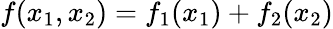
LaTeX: f(x_{1},x_{2})=f_{1}(x_{1})+f_{2}(x_{2})